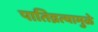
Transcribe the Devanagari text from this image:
पातिव्रत्यामुळे